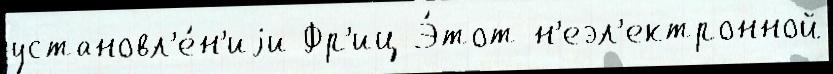
установл'е́н'иjи Фр'иц Э́тот н'еэл'ектронной